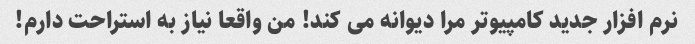
نرم افزار جدید کامپیوتر مرا دیوانه می کند! من واقعا نیاز به استراحت دارم!